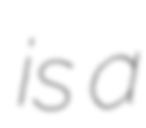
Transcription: is a